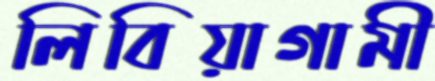
লিবিয়াগামী